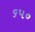
૬પ૦